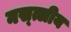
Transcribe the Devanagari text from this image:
नस्त्लीय